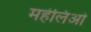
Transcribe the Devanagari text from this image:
महेलिओ